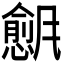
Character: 𬲇